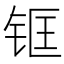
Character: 𲇺